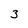
Character: 3